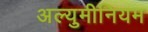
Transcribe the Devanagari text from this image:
अल्युमीनियम